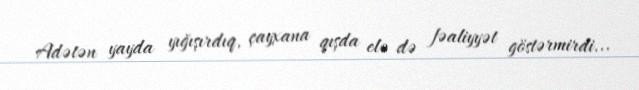
Adətən yayda yığışırdıq, çayxana qışda elə də fəaliyyət göstərmirdi...